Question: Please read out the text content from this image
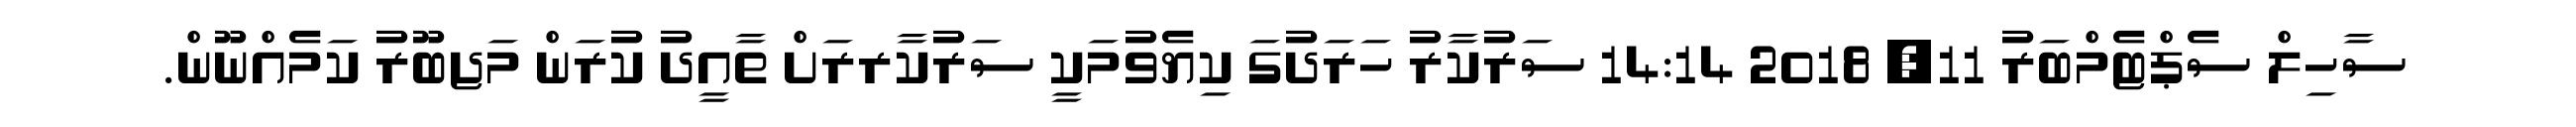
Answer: ސާހިލް ސެޕްޓެމްބަރު 11, 2018 14:14 ސަރުކާރު ހަރަދުގަ ކިޔެވުމަކީ ސަރުކާރރަށް ތާއީދު ކުރަން މަޖބޫރު ކަމެއްނޫން.